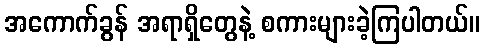
အကောက်ခွန် အရာရှိတွေနဲ့ စကားများခဲ့ကြပါတယ်။